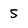
Character: 5